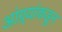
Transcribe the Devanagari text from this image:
आंग्र्‌यांकडून